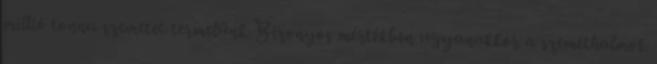
millió tonna szemetet termelünk Bizonyos mértékben ugyanakkor a szeméthalmok